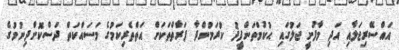
އައްސޭރިޖަލާއި އަދި މާފުށީ ޖަލުގައި ޙުކުމްތަންފީޛު ކުރަމުންދާ ފަރާތްތަކަށް އަތްތެރިކަމުގެ މަސައްކަތް ދަސްކޮށްދިނުމުގެ